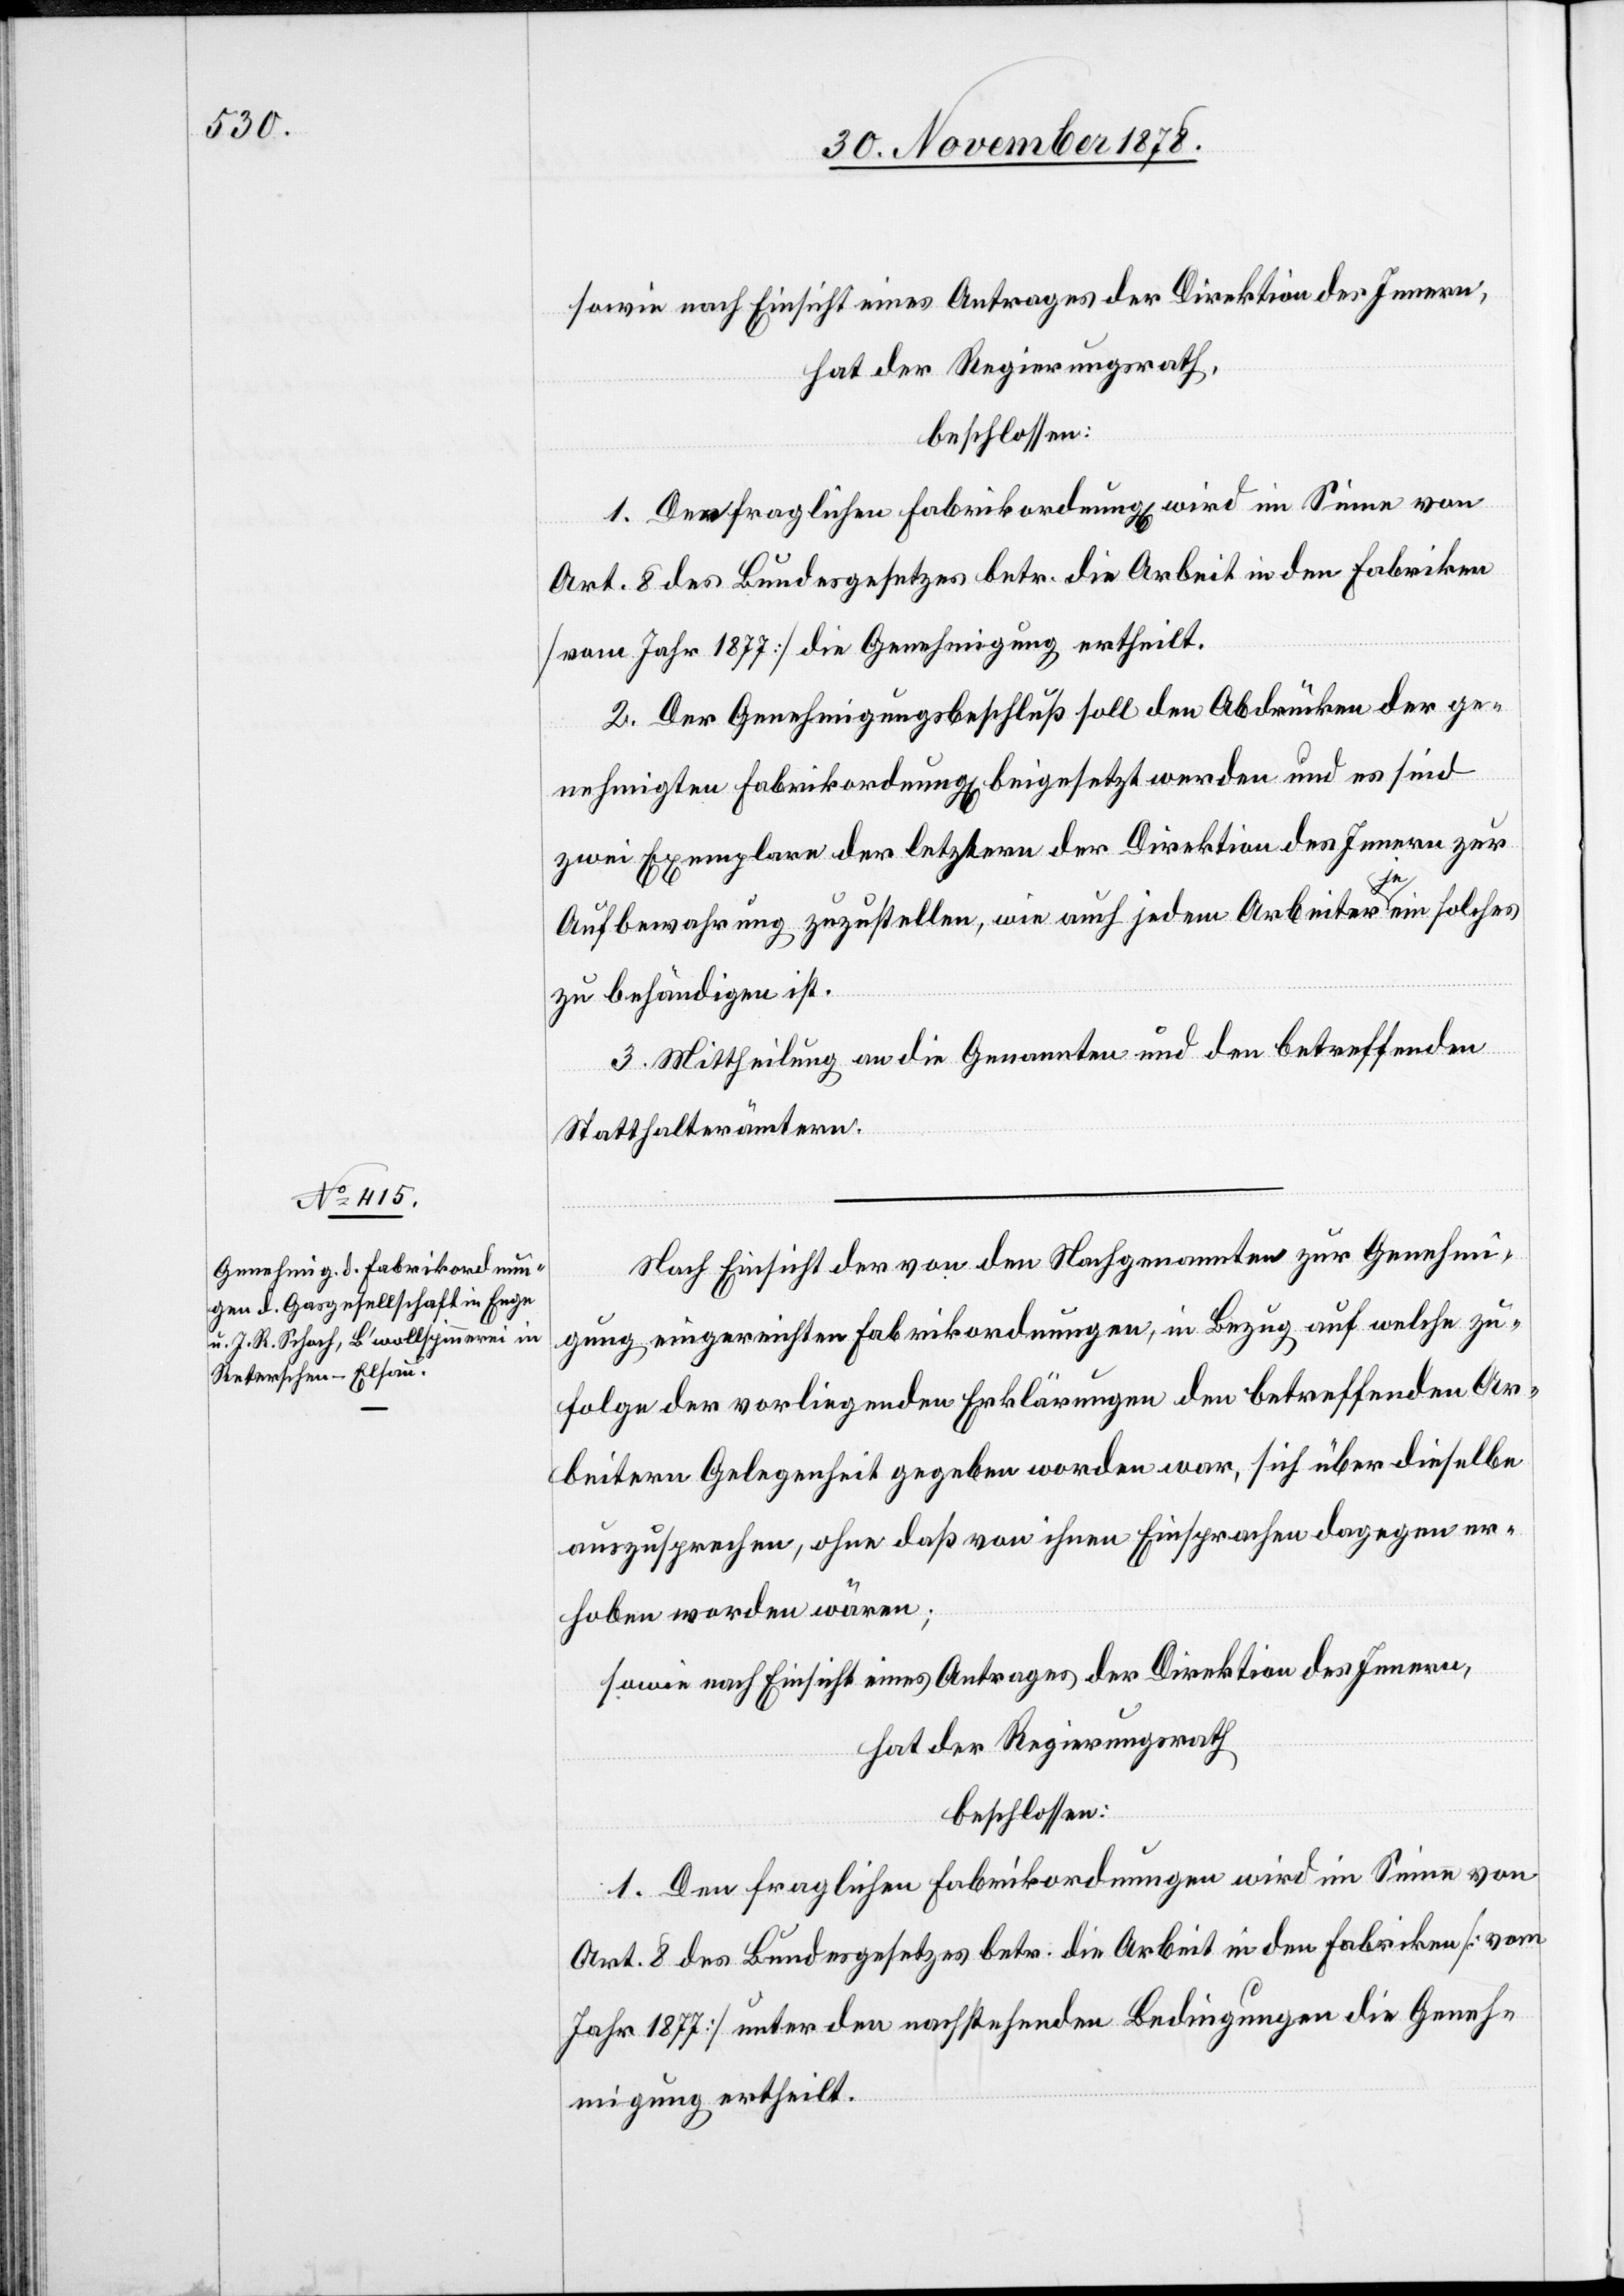
sowie nach Einsicht eines Antrages der Direktion des Innern,
hat der Regierungsrath,
beschlossen:
Art. 8 des Bundesgesetzes betr. die Arbeit in den Fabriken
[vom Jahr 1877] die Genehmigung ertheilt.
2. Der Genehmigungsbeschluß soll den Abdrücken der ge¬
nehmigten Fabrikordnung[en] beigesetzt werden und es sind
zwei Exemplare der letztern der Direktion des Innern zur
Aufbewahrung zuzustellen, wie auch jedem Arbeiter je ein solches
zu behändigen ist.
3. Mittheilung an die Genannten und den betreffenden
Statthalterämtern.
1. Den fraglichen Fabrikordnung[en] wird im Sinne von